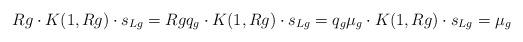
LaTeX: \begin{align*} {R}g\cdot K(1,{R}g)\cdot s_{{L}g}={R}g q_g\cdot K(1,{R}g)\cdot s_{{L}g}=q_g \mu_g\cdot K(1,{R}g)\cdot s_{{L}g}=\mu_g\end{align*}